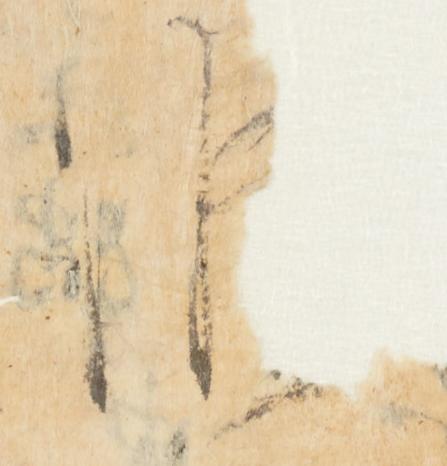
候